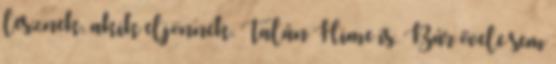
lesznek, akik eljönnek. Talán Hime is. Bár ővele sem